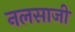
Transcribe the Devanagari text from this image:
नलसाजी